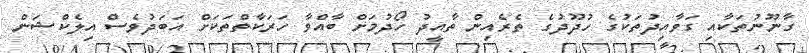
ގާނޫނުތަކާއި ގަވާއިދުތަކުގެ ހުދޫދުގެ ތެރެއިން ތާއީދު ހޯދުމަށް ބާއްވާ ހަރަކާތްތަކަށް އަބަދުވެސް އިލެކްޝަން